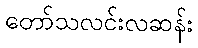
တော်သလင်းလဆန်း